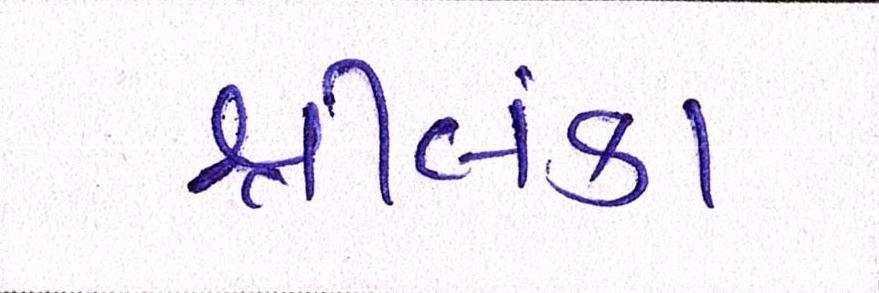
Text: શ્રીલંકા